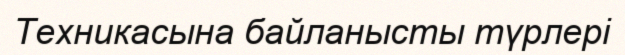
Техникасына байланысты түрлері